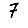
Digit: 7